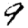
Digit: 9